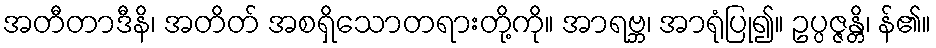
အတီတာဒီနိ၊ အတိတ် အစရှိသောတရားတို့ကို။ အာရဗ္ဘ၊ အာရုံပြု၍။ ဥပ္ပဇ္ဇန္တိ၊ န်၏။